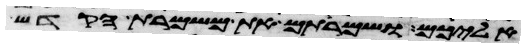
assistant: אליכם ושמרתם את משמרת הקדש